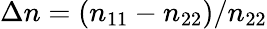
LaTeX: \Delta n=(n_{11}-n_{22})/n_{22}